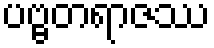
ပဗ္ဗတရာဇဿ